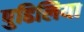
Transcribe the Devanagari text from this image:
पुढिलिया